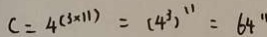
c = 4 ( 3 \times 1 1 ) = ( 4 ^ { 3 } ) ^ { 1 1 } = 6 4 ^ { \prime }